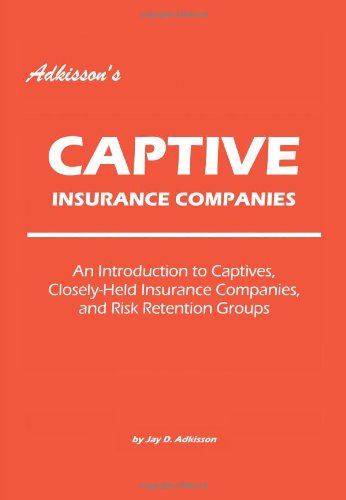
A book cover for Adkisson's Captive Insurance Companies: An Introduction to Captives, Closely-Held Insurance Companies, and Risk Retention Groups; Jay Adkisson; Business & Money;